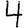
Digit: 4